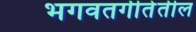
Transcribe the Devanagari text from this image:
भगवतगीतेतील